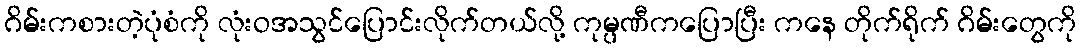
ဂိမ်းကစားတဲ့ပုံစံကို လုံးဝအသွင်ပြောင်းလိုက်တယ်လို့ ကုမ္ပဏီကပြောပြီး ကနေ တိုက်ရိုက် ဂိမ်းတွေကို